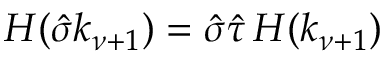
H ( \hat { \sigma } k _ { \nu + 1 } ) = \hat { \sigma } \hat { \tau } \, H ( k _ { \nu + 1 } )